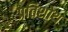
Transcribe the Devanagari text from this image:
प्रतिशोथ